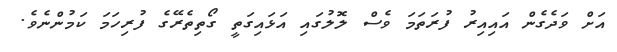
އަށް ވަދެގެން އައިއިރު ފުރަތަމަ ވެސް ލޮލުގައި އަޅައިގަތީ ގޯތިތެރޭގެ ފުރިހަމަ ކަމުންނެވެ.